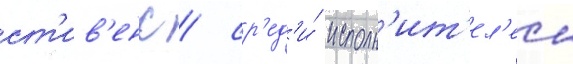
ст'ив'енс / ср'ед'и́ исполн'ит'ел'еи